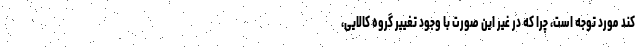
کند مورد توجه است، چرا که در غیر این صورت با وجود تغییر گروه کالایی،